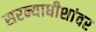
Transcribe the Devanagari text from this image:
सरन्याधीशांवर